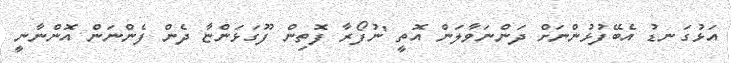
އަޅުގަނޑު އެބޭފުޅުންނަށް ދަންނަވާލަން އޮތީ 'ނުފޯރާ ފޮތިން ފޫގަޅަންޏާ ދެން ފެންނަން އޮންނާނީ